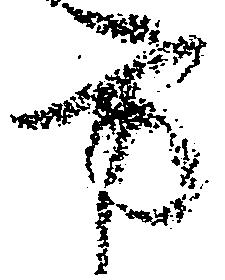
方